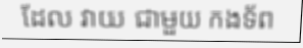
ដែល វាយ ជាមួយ កងទ័ព